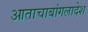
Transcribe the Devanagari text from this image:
आताचाबांगलादेश